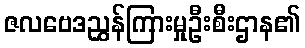
ဇလဗေဒညွှန်ကြားမှုဦးစီးဌာန၏